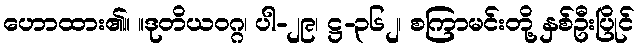
ဟောထား၏။ ။ဒုတိယဝဂ္ဂ၊ ပါ-၂၉၊ ဋ္ဌ-၃၆၂၊ စကြာမင်းတို့ နှစ်ဦးပြိုင်